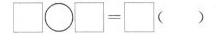
\Box \bigcirc \Box =\Box （ ）